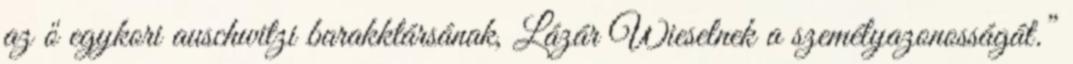
az ő egykori auschwitzi barakktársának, Lázár Wieselnek a személyazonosságát.”